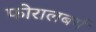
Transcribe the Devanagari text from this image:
फोरालबर्ग